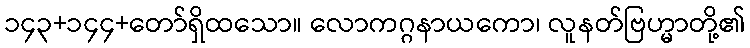
၁၄၃+၁၄၄+တော်ရှိထသော။ လောကဂ္ဂနာယကော၊ လူနတ်ဗြဟ္မာတို့၏